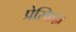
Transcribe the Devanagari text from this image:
प्रेस्किल्ल